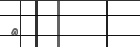
٩